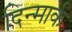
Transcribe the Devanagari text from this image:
दिन्मार्क